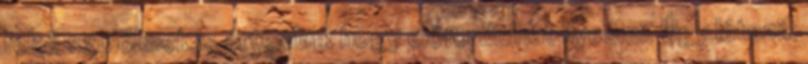
féltő szülőknek is értenünk hogy előfordulhat ilyesmi. Úgy látszik